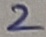
Text: 2